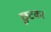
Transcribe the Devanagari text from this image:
छुटकर